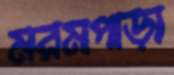
মরমপাড়া